画像に写った文字を読んでください
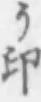
「う印」と書いてあります